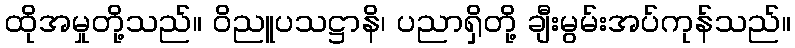
ထိုအမှုတို့သည်။ ဝိညူပသဋ္ဌာနိ၊ ပညာရှိတို့ ချီးမွမ်းအပ်ကုန်သည်။